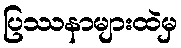
ပြဿနာများထဲမှ